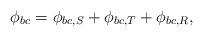
LaTeX: \begin{align*}\phi_{bc}=\phi_{bc, S}+\phi_{bc, T}+\phi_{bc, R},\end{align*}